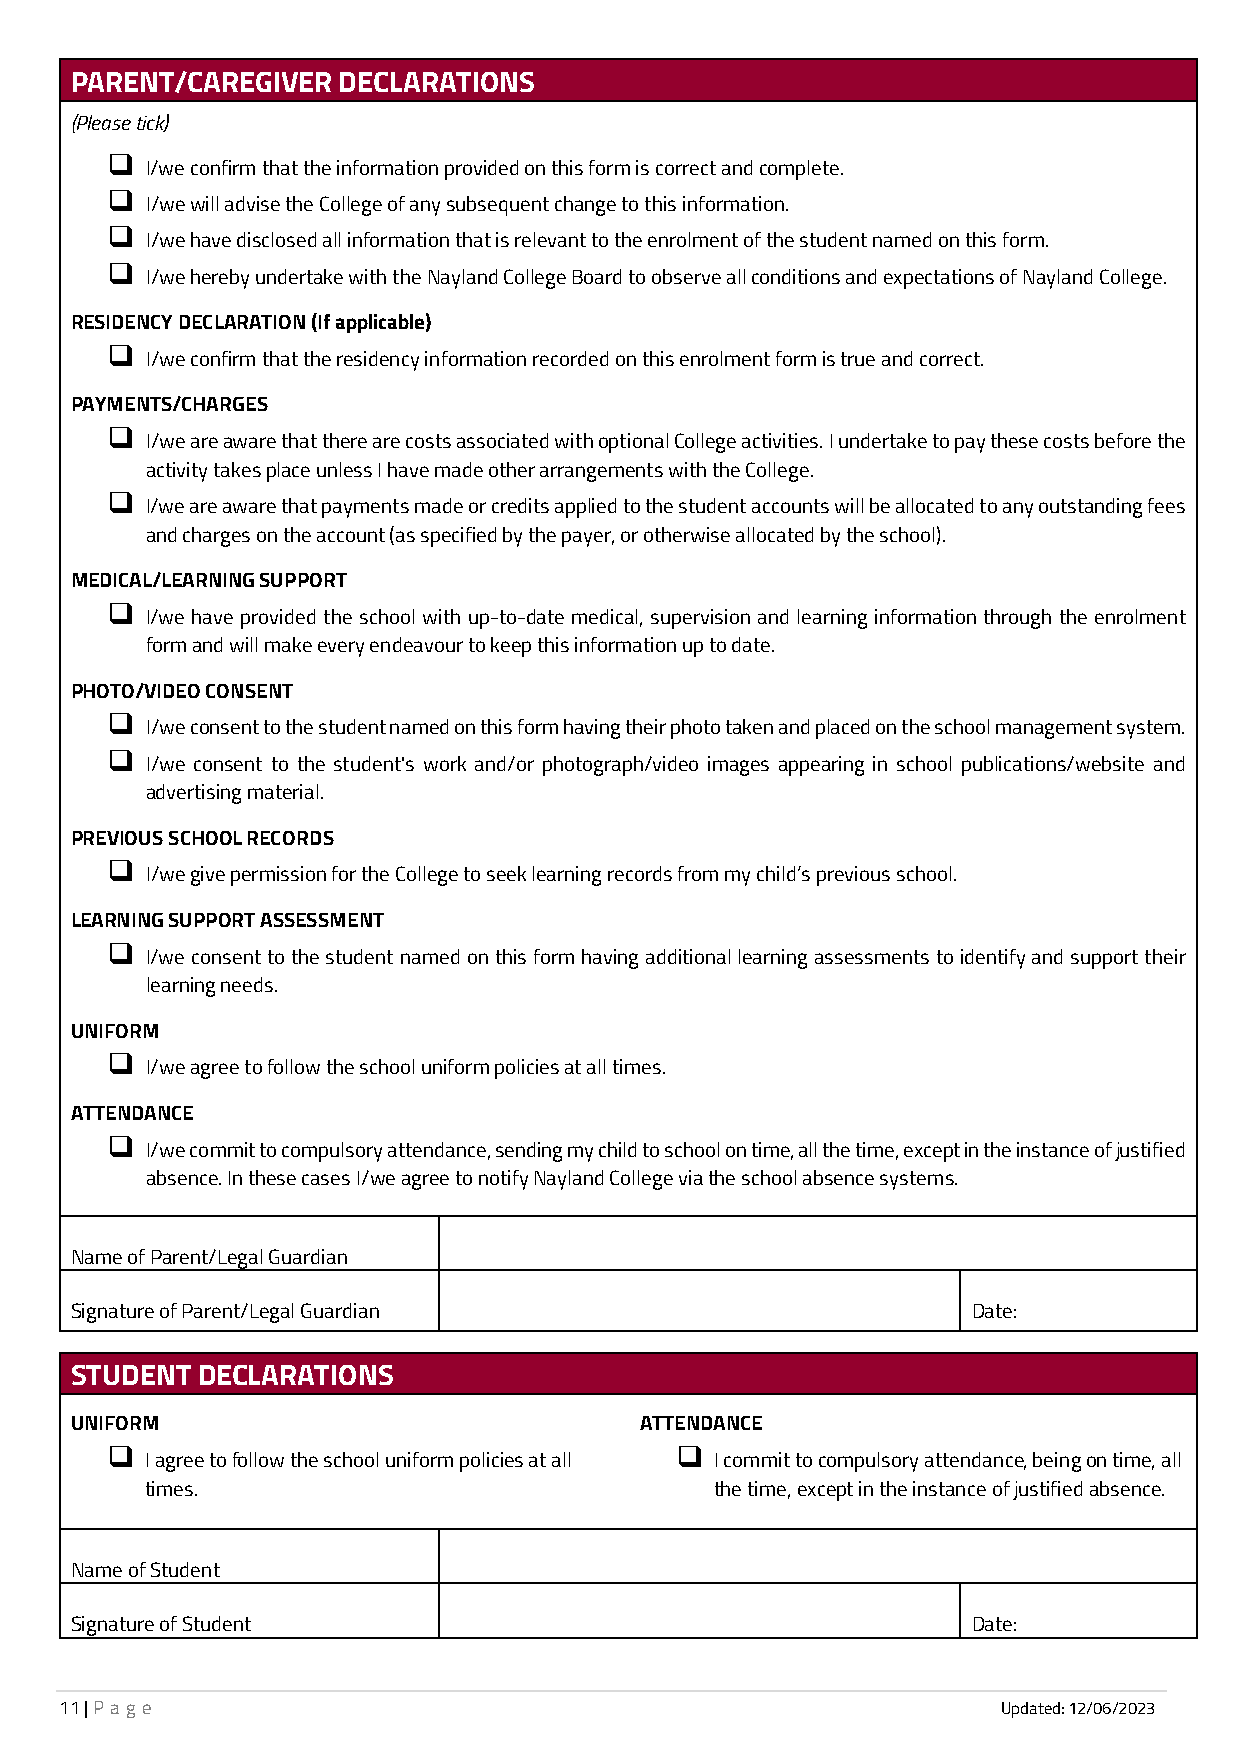
PARENT/CAREGIVER DECLARATIONS
 (Please tick)
 
 I/we confirm that the information provided on this form is correct and complete.
 
 I/we will advise the College of any subsequent change to this information.
 
 I/we have disclosed all information that is relevant to the enrolment of the student named on this form.
 
 I/we hereby undertake with the Nayland College Board to observe all conditions and expectations of Nayland College.
 RESIDENCY DECLARATION (If applicable)
 
 I/we confirm that the residency information recorded on this enrolment form is true and correct.
 PAYMENTS/CHARGES
 
 I/we are aware that there are costs associated with optional College activities. I undertake to pay these costs before the
 activity takes place unless I have made other arrangements with the College.
 
 I/we are aware that payments made or credits applied to the student accounts will be allocated to any outstanding fees
 and charges on the account (as specified by the payer, or otherwise allocated by the school).
 MEDICAL/LEARNING SUPPORT
 
 I/we have provided the school with up-to-date medical, supervision and learning information through the enrolment
 form and will make every endeavour to keep this information up to date.
 PHOTO/VIDEO CONSENT
 
 I/we consent to the student named on this form having their photo taken and placed on the school management system.
 
 I/we consent to the student's work and/or photograph/video images appearing in school publications/website and
 advertising material.
 PREVIOUS SCHOOL RECORDS
 
 I/we give permission for the College to seek learning records from my child’s previous school.
 LEARNING SUPPORT ASSESSMENT
 
 I/we consent to the student named on this form having additional learning assessments to identify and support their
 learning needs.
 UNIFORM
 
 I/we agree to follow the school uniform policies at all times.
 ATTENDANCE
 
 I/we commit to compulsory attendance, sending my child to school on time, all the time, except in the instance of justified
 absence. In these cases I/we agree to notify Nayland College via the school absence systems.
 Name of Parent/Legal Guardian
 Signature of Parent/Legal Guardian                         Date:
 STUDENT DECLARATIONS
 UNIFORM                              ATTENDANCE
                                      
 I agree to follow the school uniform policies at all I commit to compulsory attendance, being on time, all
 times.                               the time, except in the instance of justified absence.
 Name of Student
 Signature of Student                                       Date:
 11 | P a g e                                                  Updated: 12/06/2023